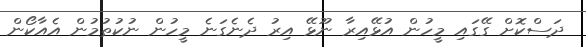
ދަސްކޮށް ގޭގައި މީހުން އުޅޭއިރާ ނޫޅޭ އިރު ދެނެގަނެ މީހުން ނުކުތުމުން އެއާކޯން